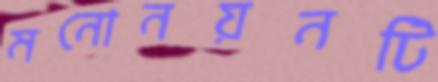
মনোনয়নটি